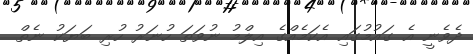
ދެވެނީ އެ ގައުމުގައި އެކަމެއްގެ އިލްމު ނުވަތަ ހުނަރު ހުރި ބަޔަކު ނެތް